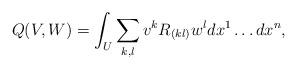
LaTeX: \begin{align*} Q(V, W) = \int_U \sum_{k,l} v^k R_{(kl)} w^l dx^1 \ldots dx^n,\end{align*}